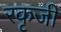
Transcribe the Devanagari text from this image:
रकृजी